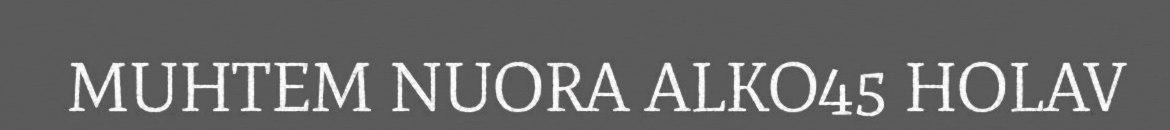
MUHTEM NUORA ALKO45 HOLAV